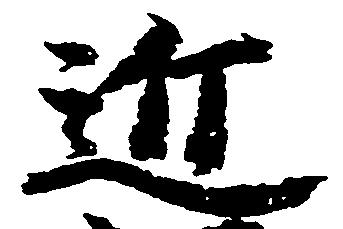
近